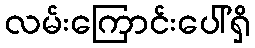
လမ်းကြောင်းပေါ်ရှိ